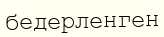
бедерленген